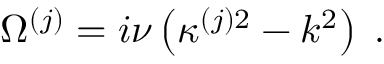
\begin{array} { r } { \Omega ^ { ( j ) } = i \nu \left( \kappa ^ { ( j ) 2 } - k ^ { 2 } \right) \; . } \end{array}